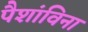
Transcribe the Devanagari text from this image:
पैशांविना